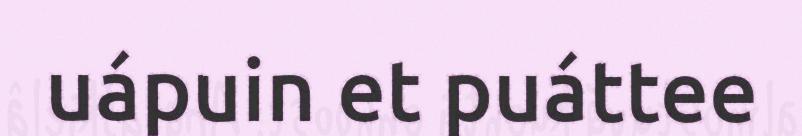
uápuin et puáttee